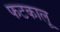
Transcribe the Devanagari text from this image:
फटकालू